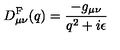
D _ { \mu \nu } ^ { \mathrm { F } } ( q ) = \frac { - g _ { \mu \nu } } { q ^ { 2 } + i \epsilon }